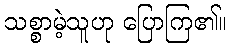
သစ္စာမဲ့သူဟု ပြောကြ၏။